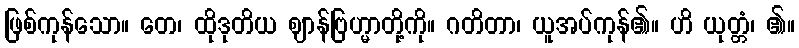
ဖြစ်ကုန်သော။ တေ၊ ထိုဒုတိယ ဈာန်ဗြဟ္မာတို့ကို။ ဂတိတာ၊ ယူအပ်ကုန်၏။ ဟိ ယုတ္တံ၊ ၏။